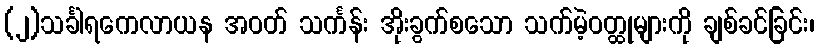
(၂)သင်္ခါရကေလာယန အဝတ် သင်္ကန်း အိုးခွက်စသော သက်မဲ့ဝတ္ထုများကို ချစ်ခင်ခြင်း၊